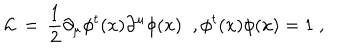
{ \cal L } \, = \, \frac { 1 } { 2 } \partial _ { \mu } \phi ^ { t } ( x ) \partial ^ { \mu } \phi ( x ) \; \; , \phi ^ { t } ( x ) \phi ( x ) = 1 \; ,